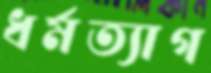
ধর্মত্যাগ